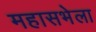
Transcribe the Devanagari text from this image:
महासभेला